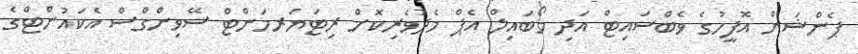
ޕެންޝަން އޮފީހުގެ ވެބްސައިޓް އަދި މޯބައިލް އެޕް މެދުވެރިކޮށް ރިޓަޔަރމަންޓް ސޭވިންގްސް އެކައުންޓްގެ